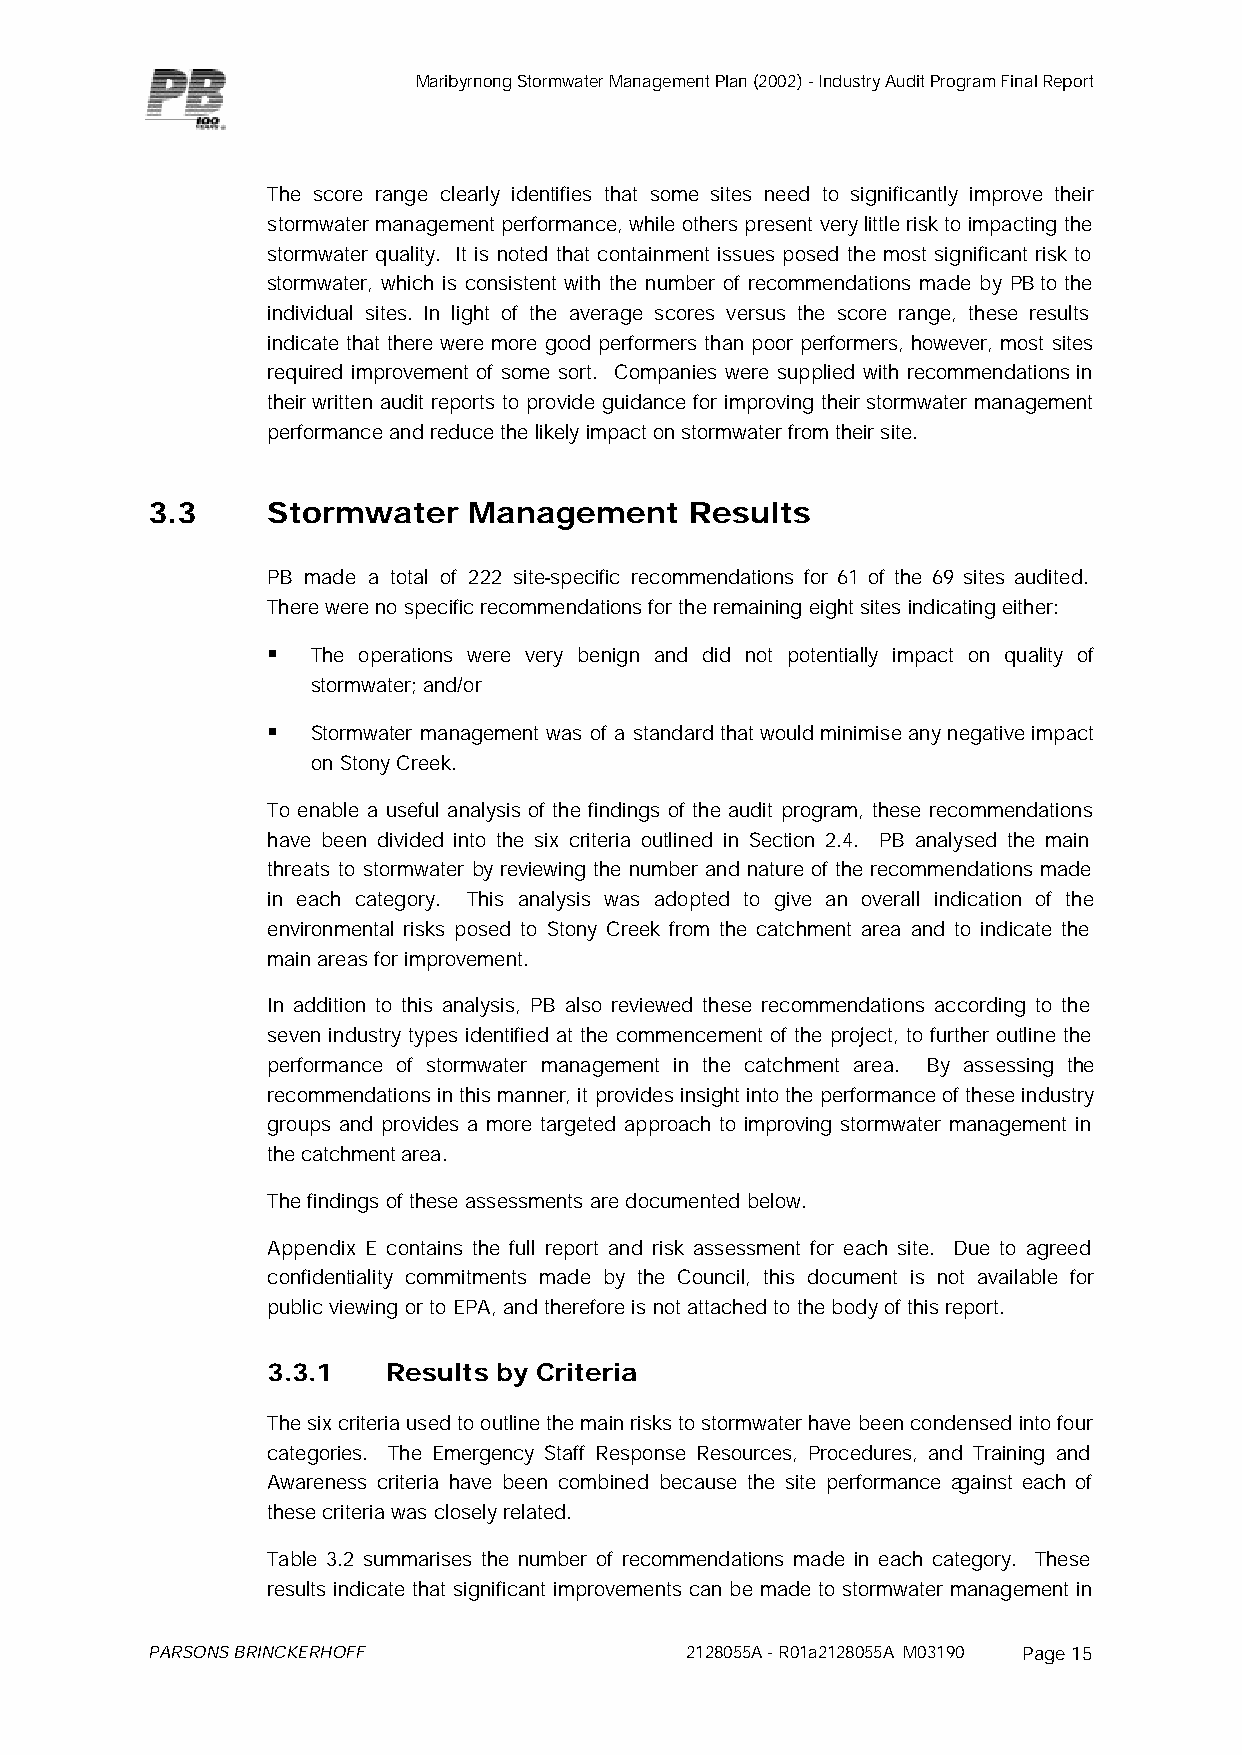
Maribyrnong Stormwater Management Plan (2002) - Industry Audit Program Final Report
 The score range clearly identifies that some sites need to significantly improve their
 stormwater management performance, while others present very little risk to impacting the
 stormwater quality. It is noted that containment issues posed the most significant risk to
 stormwater, which is consistent with the number of recommendations made by PB to the
 individual sites. In light of the average scores versus the score range, these results
 indicate that there were more good performers than poor performers, however, most sites
 required improvement of some sort. Companies were supplied with recommendations in
 their written audit reports to provide guidance for improving their stormwater management
 performance and reduce the likely impact on stormwater from their site.
 3.3     Stormwater   Management     Results
 PB made a total of 222 site-specific recommendations for 61 of the 69 sites audited.
 There were no specific recommendations for the remaining eight sites indicating either:
 §  The operations were very benign and did not potentially impact on quality of
 stormwater; and/or
 §  Stormwater management was of a standard that would minimise any negative impact
 on Stony Creek.
 To enable a useful analysis of the findings of the audit program, these recommendations
 have been divided into the six criteria outlined in Section 2.4. PB analysed the main
 threats to stormwater by reviewing the number and nature of the recommendations made
 in each category. This analysis was adopted to give an overall indication of the
 environmental risks posed to Stony Creek from the catchment area and to indicate the
 main areas for improvement.
 In addition to this analysis, PB also reviewed these recommendations according to the
 seven industry types identified at the commencement of the project, to further outline the
 performance of stormwater management in the catchment area. By assessing the
 recommendations in this manner, it provides insight into the performance of these industry
 groups and provides a more targeted approach to improving stormwater management in
 the catchment area.
 The findings of these assessments are documented below.
 Appendix E contains the full report and risk assessment for each site. Due to agreed
 confidentiality commitments made by the Council, this document is not available for
 public viewing or to EPA, and therefore is not attached to the body of this report.
 3.3.1   Results by Criteria
 The six criteria used to outline the main risks to stormwater have been condensed into four
 categories. The Emergency Staff Response Resources, Procedures, and Training and
 Awareness criteria have been combined because the site performance against each of
 these criteria was closely related.
 Table 3.2 summarises the number of recommendations made in each category. These
 results indicate that significant improvements can be made to stormwater management in
 PARSONS BRINCKERHOFF               2128055A - R01a2128055A M03190 Page 15